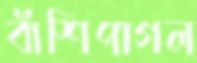
বাঁশিপাগল